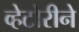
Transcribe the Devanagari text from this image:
व्हेटोरीने